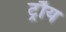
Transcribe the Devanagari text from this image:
ट्रौय